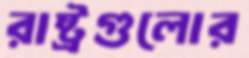
রাষ্ট্রগুলোর